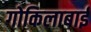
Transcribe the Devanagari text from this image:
गोकिलाबाई